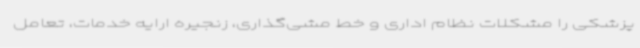
پزشکی را مشکلات نظام اداری و خط مشی‌گذاری، زنجیره ارایه خدمات، تعامل